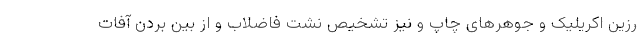
رزین اکریلیک و جوهرهای چاپ و نیز تشخیص نشت فاضلاب و از بین بردن آفات